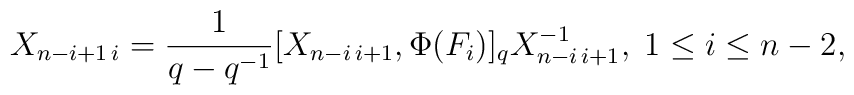
X_{n-i+1\,i}=\frac{1}{q-q^{-1}}[X_{n-i\,i+1},\Phi(F_{i})]_{q}X_{n-i\,i+1}^{-1},\;1\leq i \leq n-2,